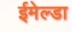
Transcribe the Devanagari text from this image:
ईमेल्डा